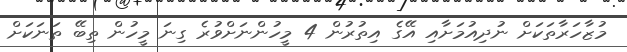
މުޒާހަރާތަކަށް ނުދިއުމަށާއި އޭގެ އިތުރުން 4 މީހުންނަށްވުރެ ގިނަ މީހުން ތިބޭ ތަނަކަށް